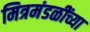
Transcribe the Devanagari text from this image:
मित्रमंडळींच्या